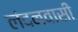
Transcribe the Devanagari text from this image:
लंदनवासी